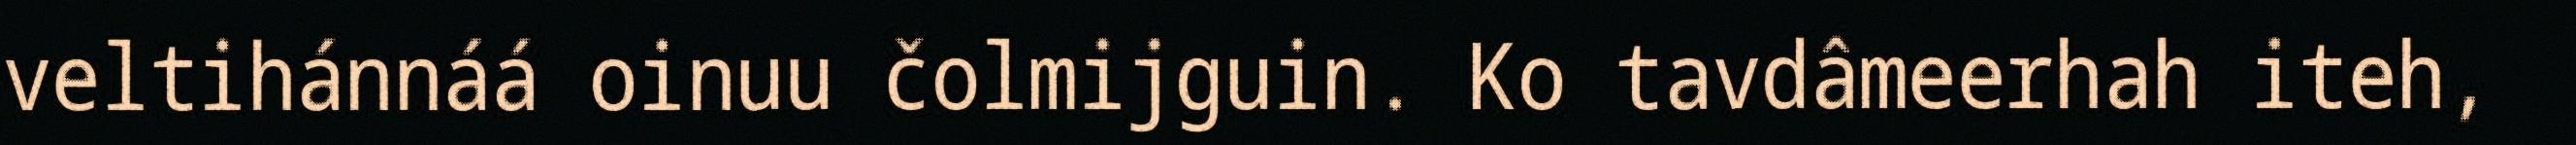
veltihánnáá oinuu čolmijguin. Ko tavdâmeerhah iteh,